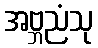
အဗ္ဘညံသု